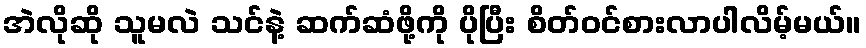
အဲလိုဆို သူမလဲ သင်နဲ့ ဆက်ဆံဖို့ကို ပိုပြီး စိတ်ဝင်စားလာပါလိမ့်မယ်။